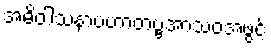
အဓိဝါသနာပဟာတဗ္ဗအာသဝအဖွင့်